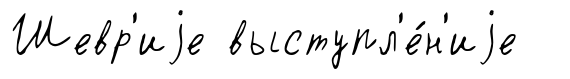
Шевр'иjе выступл'е́н'иjе